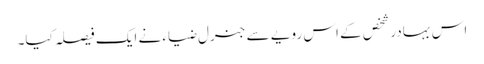
اس بہادر شخص کے اس رویے سے جنرل ضیاء نے ایک فیصلہ کیا۔